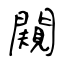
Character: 闚